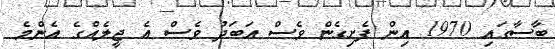
ބާސާގައި 1970 އިން ފެށިގެން ވެސް އަބަދު ވެސް އެ ޖީލެއްގެ އެންމެ